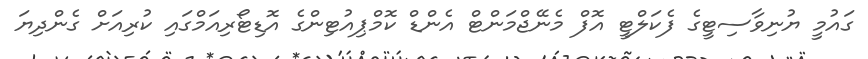
ގައުމީ ޔުނިވާސިޓީގެ ފެކަލްޓީ އޮފް މެނޭޖްމަންޓް އެންޑް ކޮމްޕިއުޓިންގެ އޮޑިޓޯރިއަމްގައި ކުރިއަށް ގެންދިޔަ